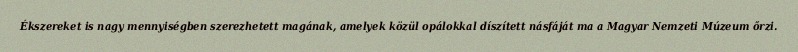
Ékszereket is nagy mennyiségben szerezhetett magának, amelyek közül opálokkal díszített násfáját ma a Magyar Nemzeti Múzeum őrzi.